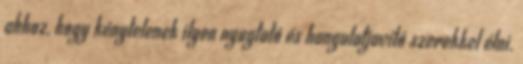
ahhoz, hogy kénytelenek ilyen nyugtató és hangulatjavító szerekkel élni.